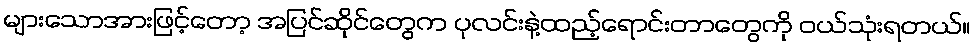
များသောအားဖြင့်တော့ အပြင်ဆိုင်တွေက ပုလင်းနဲ့ထည့်ရောင်းတာတွေကို ဝယ်သုံးရတယ်။